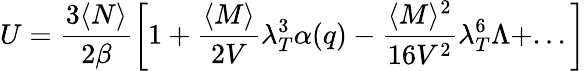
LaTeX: U=\frac{3\langle N\rangle}{2\beta}\left[1+\frac{\langle M\rangle}{2V}\lambda_{T}^{3}\alpha(q)-\frac{\langle M\rangle^{2}}{16V^{2}}\lambda_{T}^{6}\Lambda+...\right]